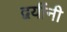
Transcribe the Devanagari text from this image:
द्वयींनी